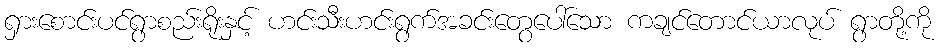
ရှားစောင်းပင်ရွာစည်းရိုးနှင့် ဟင်းသီးဟင်းရွက်အခင်းတွေပေါ်သော ကချင်တောင်ယာလုပ် ရွာတို့ကို